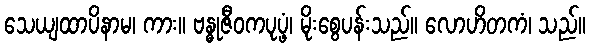
သေယျထာပိနာမ၊ ကား။ ဗန္ဓုဇီဝကပုပ္ဖံ၊ မိုးစွေပန်းသည်။ လောဟိတကံ၊ သည်။